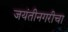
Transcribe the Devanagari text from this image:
जयंतीनगरीचा